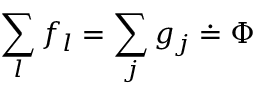
\sum _ { l } f _ { l } = \sum _ { j } g _ { j } \doteq \Phi